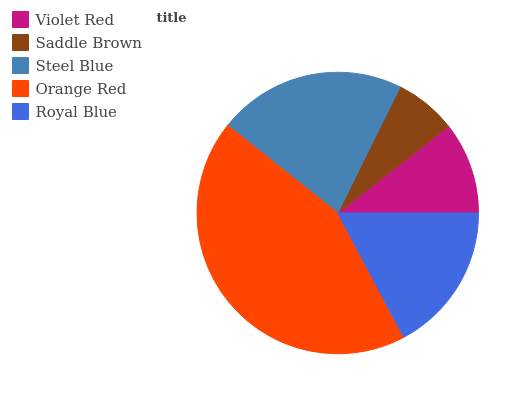
| Violet Red | Saddle Brown | Steel Blue | Orange Red | Royal Blue |
 | --- | --- | --- | --- | --- |
 | 10.6% | 7.12% | 21.7% | 43.5% | 17.2% |